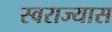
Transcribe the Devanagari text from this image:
स्वराज्यास